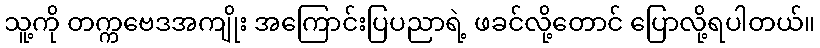
သူ့ကို တက္ကဗေဒအကျိုး အကြောင်းပြပညာရဲ့ ဖခင်လို့တောင် ပြောလို့ရပါတယ်။